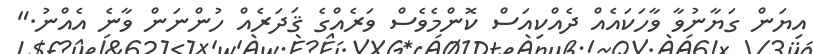
އިޔަން ގަޔާނުވާ ވާހަކައެއް ދެއްކިއަސް ކޮންމެވެސް ވަރެއްގެ ޤަދަރެއް ހުންނަން ވާނެ އެއްނު."